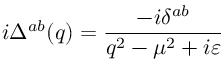
i \Delta ^ { a b } ( q ) = \frac { - i \delta ^ { a b } } { q ^ { 2 } - \mu ^ { 2 } + i \varepsilon }